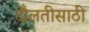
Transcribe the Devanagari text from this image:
दौलतीसाठी